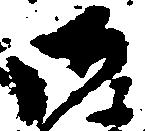
御